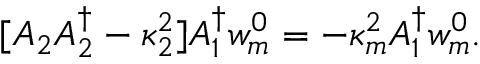
[ A _ { 2 } A _ { 2 } ^ { \dagger } - \kappa _ { 2 } ^ { 2 } ] A _ { 1 } ^ { \dagger } w _ { m } ^ { 0 } = - \kappa _ { m } ^ { 2 } A _ { 1 } ^ { \dagger } w _ { m } ^ { 0 } .